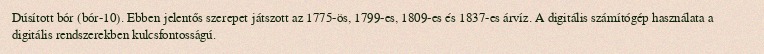
Dúsított bór (bór-10). Ebben jelentős szerepet játszott az 1775-ös, 1799-es, 1809-es és 1837-es árvíz. A digitális számítógép használata a digitális rendszerekben kulcsfontosságú.